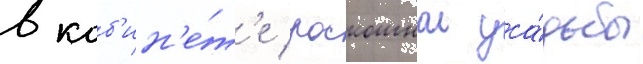
в каб'ин'е́т'е роскошнои уса́дьбы